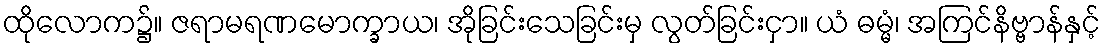
ထိုလောက၌။ ဇရာမရဏမောက္ခာယ၊ အိုခြင်းသေခြင်းမှ လွတ်ခြင်းငှာ။ ယံ ဓမ္မံ၊ အကြင်နိဗ္ဗာန်နှင့်